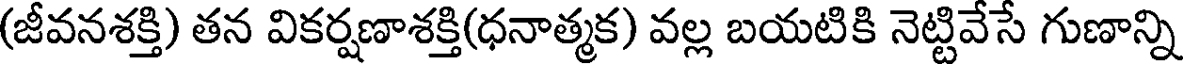
(జీవనశక్తి) తన వికర్షణాశక్తి(ధనాత్మక) వల్ల బయటికి నెట్టివేసే గుణాన్ని